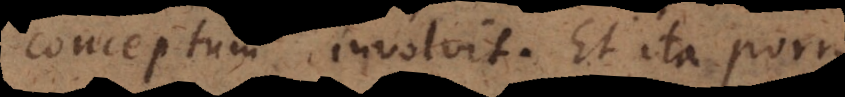
conceptum involvit. Et ita porro.